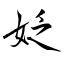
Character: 姂